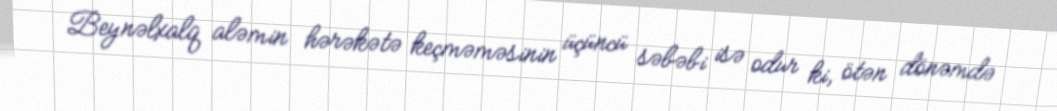
Beynəlxalq aləmin hərəkətə keçməməsinin üçüncü səbəbi isə odur ki, ötən dönəmdə